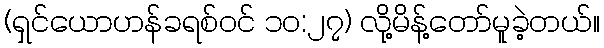
(ရှင်ယောဟန်ခရစ်ဝင် ၁၀:၂၇) လို့မိန့်တော်မူခဲ့တယ်။